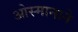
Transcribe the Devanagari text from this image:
ओस्मानाने